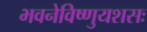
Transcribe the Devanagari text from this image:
भवनेविष्णुयशसः